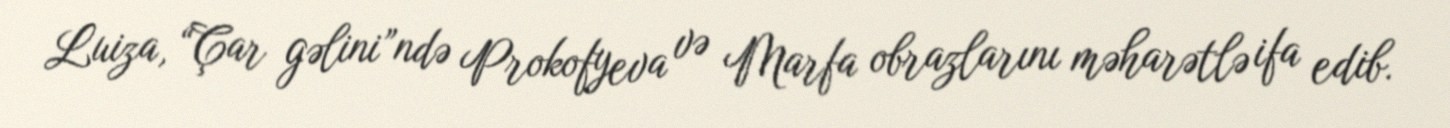
Luiza, “Çar gəlini”ndə Prokofyeva və Marfa obrazlarını məharətlə ifa edib.